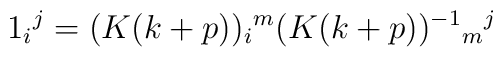
1_i{}^j = (K(k+p))_i{}^m (K(k+p))^{-1}{}_m{}^j